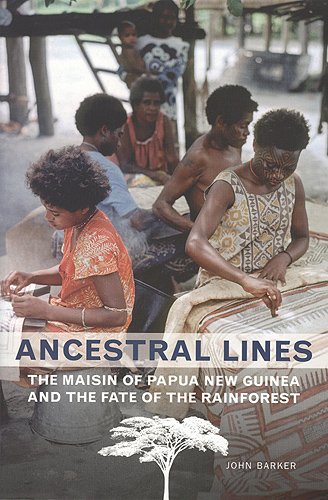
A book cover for Ancestral Lines: The Maisin of Papua New Guinea and the Fate of the Rainforest (Teaching Culture: UTP Ethnographies for the Classroom); John Barker; History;